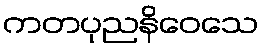
ကတပုညနိဝေသေ